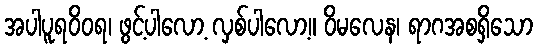
အပါပူရဝိဝရ၊ ဖွင့်ပါလော့ လှစ်ပါလော့။ ဝိမလေန၊ ရာဂအစရှိသော